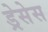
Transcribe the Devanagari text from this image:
ड्रेसेस